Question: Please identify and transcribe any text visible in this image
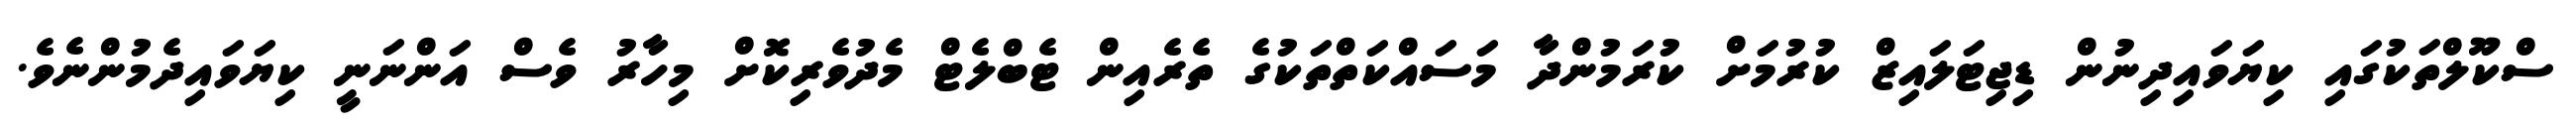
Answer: ސްކޫލްތަކުގައި ކިޔަވައިދިނުން ޑިޖިޓަލައިޒް ކުރުމަށް ކުރަމުންދާ މަސައްކަތްތަކުގެ ތެރެއިން ޓެބްލެޓް މެދުވެރިކޮށް މިހާރު ވެސް އަންނަނީ ކިޔަވައިދެމުންނެވެ.